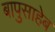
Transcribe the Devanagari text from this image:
बापुसाहेब